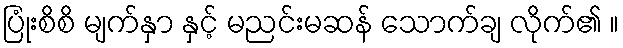
ပြုံးစိစိ မျက်နှာ နှင့် မညင်းမဆန် သောက်ချ လိုက်၏ ။